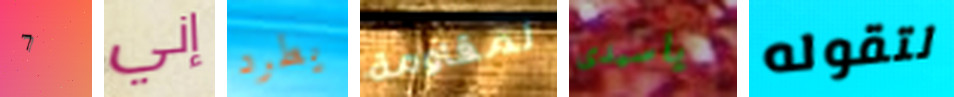
7 إني يطرد لمقاومة ياسيدى لتقوله